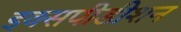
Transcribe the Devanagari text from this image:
इक्सपीडीशन